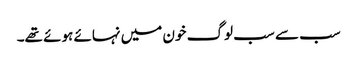
سب سے سب لوگ خون میں نہائے ہوئے تھے۔